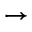
\rightarrow